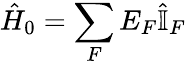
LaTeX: \hat{H}_{0}=\sum_{F}E_{F}\hat{\mathbb{I}}_{F}